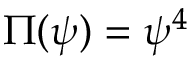
\Pi ( \psi ) = \psi ^ { 4 }